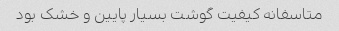
متاسفانه کیفیت گوشت بسیار پایین و خشک بود